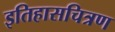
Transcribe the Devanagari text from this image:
इतिहासचित्रण